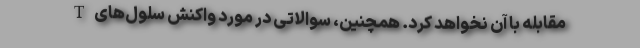
مقابله با آن نخواهد کرد. همچنین، سوالاتی در مورد واکنش سلول‌های T